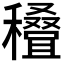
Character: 𰨽